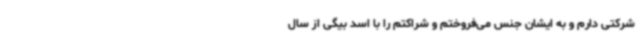
شرکتی دارم و به ایشان جنس می‌فروختم و شراکتم را با اسد بیگی از سال